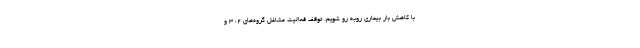
با کاهش بار بیماری روبه رو شویم. توقف فعالیت مشاغل گروه‌های ۲، ۳ و